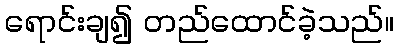
ရောင်းချ၍ တည်ထောင်ခဲ့သည်။